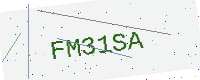
Text: FM31SA